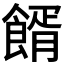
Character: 𩝔